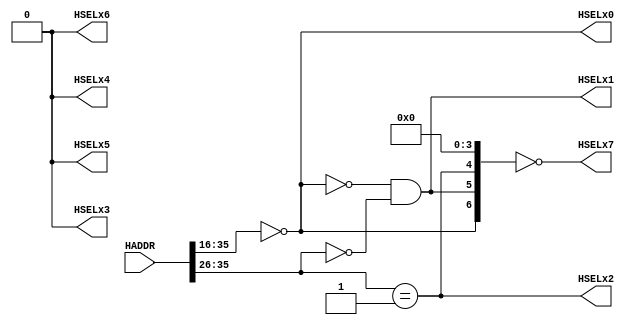
//
//  Module: AHB decoder
//  (defined by ARM Design Kit Technical Reference Manual--AHB component)
//  Description:
//  The system decoder decodes the address bus and generates select lines to
//  each of the system bus slaves, indicating that a read or write access to
//  that slave is required. The default configuration is 7 slots. No REMAP
//  signal implemented. 

`ifndef AHB_DECODER_V
`define AHB_DECODER_V

//`include "ahb_defines.v"

module ahb_decoder
(
  // -------------
  // Input pins //
  // -------------
  input [35:0] HADDR,
  // --------------
  // Output pins //
  // --------------
  output HSELx0,
  output HSELx7,
  output HSELx1,
  output HSELx2,
  output HSELx3,
  output HSELx4,
  output HSELx5,
  output HSELx6
);
	assign HSELx0=(HADDR[35:16]==36'h000);		//Page 0x0000_0000-0x0000_ffff 	(64KiB)
	assign HSELx1=(HSELx0==0)&(HADDR[35:26]==10'h00);     	//Page 0x0001_0000-0x03ff_ffff 	(64MiB)
	assign HSELx2=(HADDR[35:26]==10'h01);		//Page 0x0400_0000-0x07ff_ffff 	(64MiB)
	assign HSELx3=0;		//
	assign HSELx4=0;		//
	assign HSELx5=0;		//
	assign HSELx6=0;		//
	assign HSELx7={HSELx0,HSELx1,HSELx2,HSELx3,HSELx4,HSELx5,HSELx6}==0;//Reserved
endmodule

`endif // AHB_DECODER_V